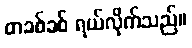
တခစ်ခစ် ရယ်လိုက်သည်။